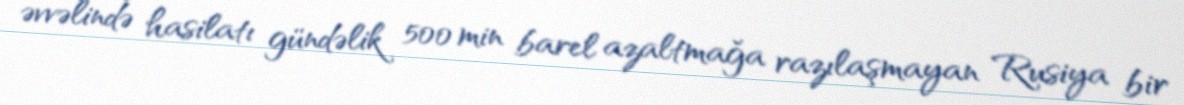
əvvəlində hasilatı gündəlik 500 min barel azaltmağa razılaşmayan Rusiya bir